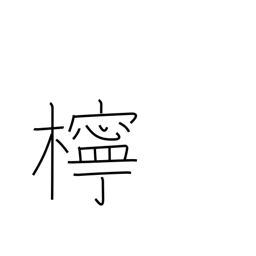
Meaning: lemon tree